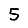
Digit: 5